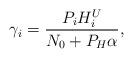
LaTeX: \begin{align*}\gamma_i = \frac{P_iH^U_i}{N_0 + P_H \alpha},\end{align*}